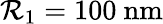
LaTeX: \mathcal{R}_{1}=100\ \mathrm{{nm}}